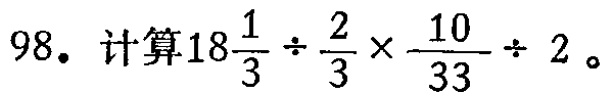
98. 计算$18\frac{1}{3} \div \frac{2}{3} \times \frac{10}{33} \div 2$。